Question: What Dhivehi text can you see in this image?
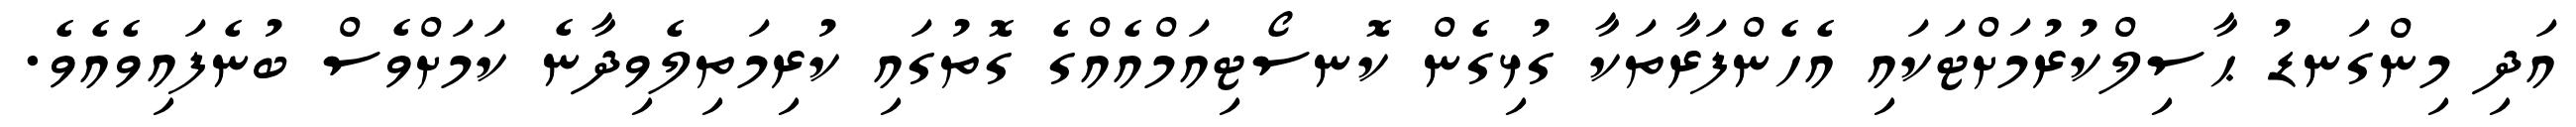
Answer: އަދި މިންގަނޑު ޙާސިލްކުރުމަށްޓަކައި އެހެންފަރާތަކާ ގުޅިގެން ކޮނސޯޓިއަމްއެއްގެ ގޮތުގައި ކުރިމަތިލެވިދާނެ ކަމަށްވެސް ބުނެފައިވެއެވެ.